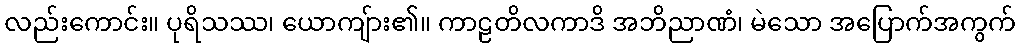
လည်းကောင်း။ ပုရိသဿ၊ ယောကျ်ား၏။ ကာဠတိလကာဒိ အဘိညာဏံ၊ မဲသော အပြောက်အကွက်